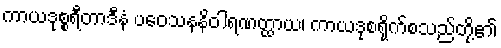
ကာယဒုစ္စရီတာဒီနံ ပဝေသနနိဝါရဏတ္ထာယ၊ ကာယဒုစရိုက်စသည်တို့၏